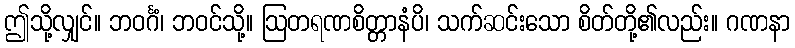
ဤသို့လျှင်။ ဘဝင်္ဂံ၊ ဘဝင်သို့။ ဩတရဏစိတ္တာနံပိ၊ သက်ဆင်းသော စိတ်တို့၏လည်း။ ဂဏနာ